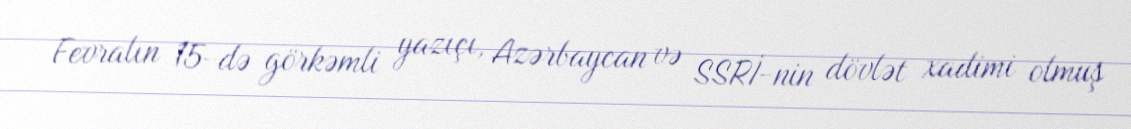
Fevralın 15-də görkəmli yazıçı, Azərbaycan və SSRİ-nin dövlət xadimi olmuş